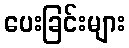
ပေးခြင်းများ